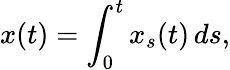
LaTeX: x(t)=\int_{0}^{t}x_{s}(t)\, ds,